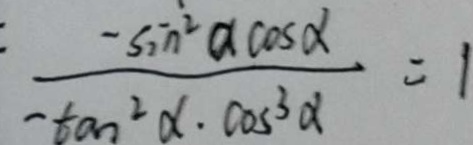
\frac { - \sin ^ { 2 } a \cos \alpha } { - \tan ^ { 2 } \alpha \cdot \cos ^ { 3 } \alpha } = 1